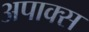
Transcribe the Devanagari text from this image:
अपाक्स